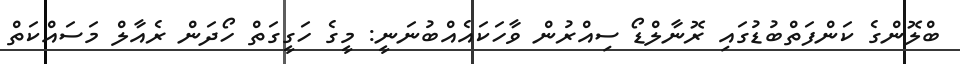
ބްލޮންގެ ކަންފަތްބުޑުގައި ރޮނާލްޑޯ ސިއްރުން ވާހަކައެއްބުނަނީ: މީގެ ހަގީގަތް ހޯދަން ރެއާލް މަސައްކަތް